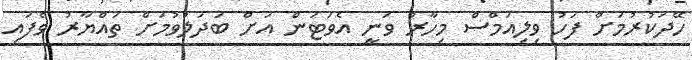
ހޭދަކުރުމަށް ފަހު ވިލިއަމްސް މިހާރު ވަނީ އެވަޓަން އަށް ބަދަލުވުމަށް ތައްޔާރު ވެފައި